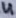
Text: 4